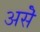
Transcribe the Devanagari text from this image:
असॆे